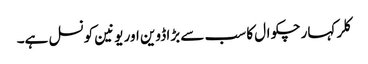
کلر کہار چکوال کا سب سے بڑا ڈوین اور یونین کونسل ہے۔